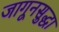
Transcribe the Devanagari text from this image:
जागूनसुद्धा